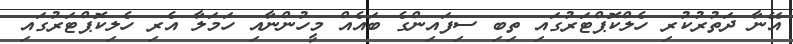
އޭނާ ދަތުރުކުރި ހެލްކޮޕްޓަރުގައި ތިބި ސިފައިންގެ ބައެއް މީހުންނާއި ހަމަލާ އެރި ހެލިކޮޕްޓަރުގައި